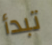
تبدأ